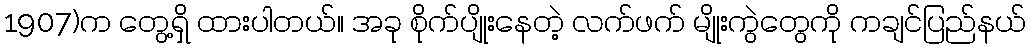
1907)က တွေ့ရှိ ထားပါတယ်။ အခု စိုက်ပျိုးနေတဲ့ လက်ဖက် မျိုးကွဲတွေကို ကချင်ပြည်နယ်